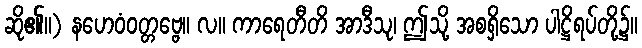
ဆို၏။) နဟေဝံဝတ္တဗ္ဗေ။ လ။ ကာရေတီတိ အာဒီသု၊ ဤသို့ အစရှိသော ပါဋ္ဌိရပ်တို့၌။